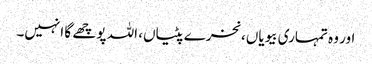
اور وہ تمہاری بیویاں، نخرے پٹیاں، اللہ پوچھے گا انہیں۔